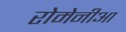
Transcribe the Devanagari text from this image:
रोमेनीआ